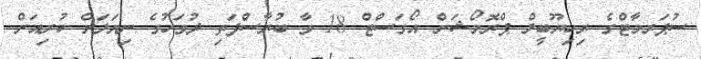
ސުޕަރމާޓްގެ ރިހިޔޫބީލް ޕްރޮމޯޝަން އޯގަސްޓް 18 ވާ ބުރާސްފަތި ދުވަހުގެ ނިޔަލަށް ކުރިއަށް